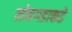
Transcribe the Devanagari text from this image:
लोहगडाकडे